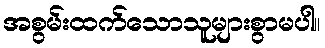
အစွမ်းထက်သောသူများစွာမပါ။